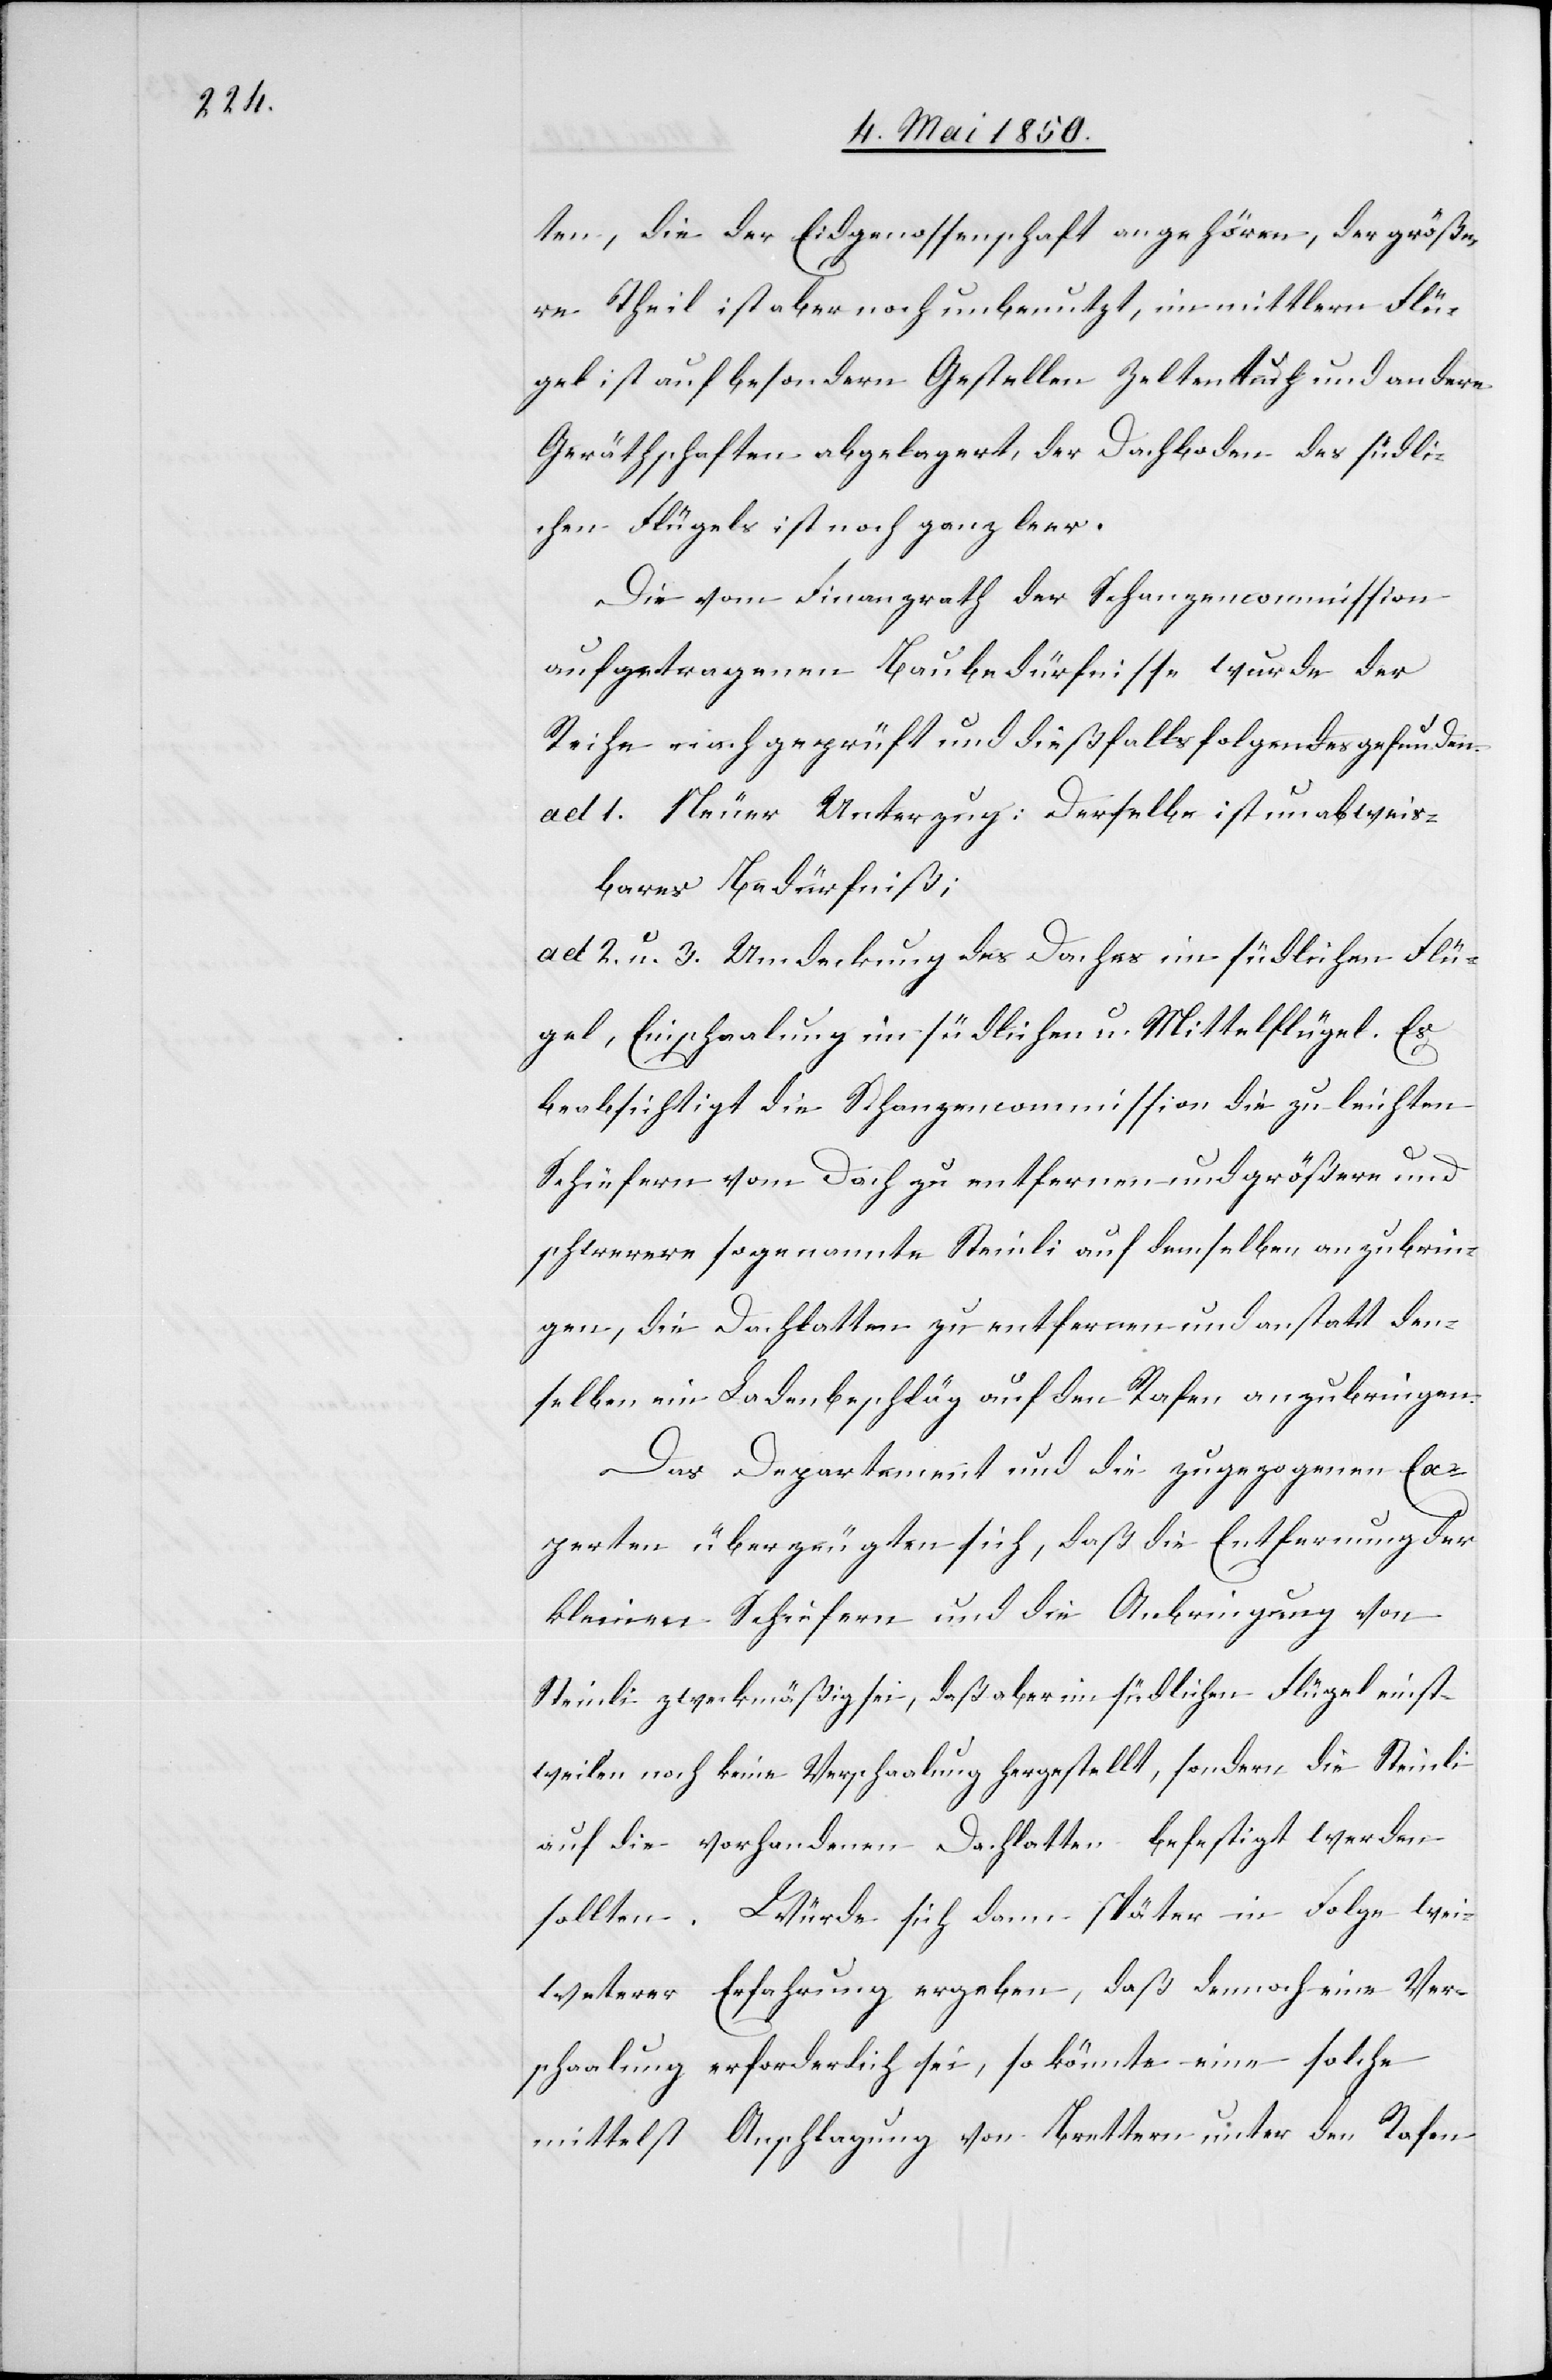
ten, die der Eidgenossenschaft angehören, der größe¬
re Theil ist aber noch unbenutzt, im mittlern Flü¬
gel ist auf besondern Gestellen Zeltentuch und andere
Geräthschaften abgelagert, der Dachboden des südli¬
chen Flügels ist noch ganz leer.
Die vom Finanzrath der Schanzencommission
aufgetragenen Baubedürfnisse wurde der
Reihe nach geprüft und dießfalls folgendes gefunden.
ad 1. Neuer Unterzug: Derselbe ist unabweis¬
bares Bedürfniß;
ad 2. u. 3. Umdeckung des Daches im südlichen Flü¬
gel, Einschaalung im südlichen u. Mittelflügel. Es
beabsichtigt die Schanzencommission die zu leichten
Schiefern vom Dach zu entfernen und größere und
schwerere sogenannte Steinli auf demselben anzubrin¬
gen, die Dachlatten zu entfernen und anstatt den¬
selben ein Ladenbeschläg auf den Rafen anzubringen.
Das Departement und die zugezogenen Ex¬
perten überzeugten sich, daß die Entfernung der
kleinen Schiefern und die Anbringung von
Steinli zweckmäßig sei, daß aber im südlichen Flügel einst¬
weilen noch keine Verschaalung hergestellt, sondern die Steinli
auf die vorhandenen Dachlatten befestigt werden
sollten. Würde sich dann später in Folge wei¬
weterer [sic!] Erfahrung ergeben, daß dennoch eine Ver¬
schaalung erforderlich sei, so könnte eine solche
mittelst Anschlagung von Brettern unter den Rafen